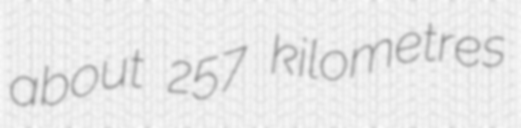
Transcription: about 257 kilometres